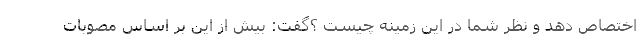
اختصاص دهد و نظر شما در این زمینه چیست ؟گفت: بیش از این بر اساس مصوبات